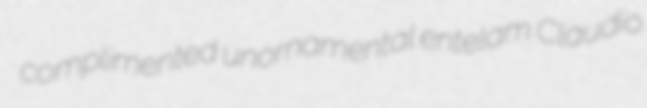
complimented unornamental entelam Claudio